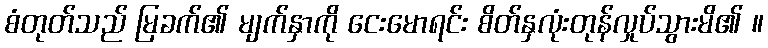
စံတုတ်သည် မြခက်၏ မျက်နှာကို ငေးမောရင်း စိတ်နှလုံးတုန်လှုပ်သွားမိ၏ ။